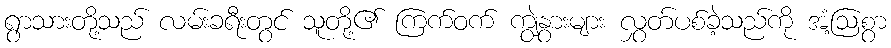
ရွာသားတို့သည် လမ်းခရီးတွင် သူတို့၏ ကြက်ဝက် ကျွဲနွားများ လွှတ်ပစ်ခဲ့သည်ကို အံ့ဩစွာ